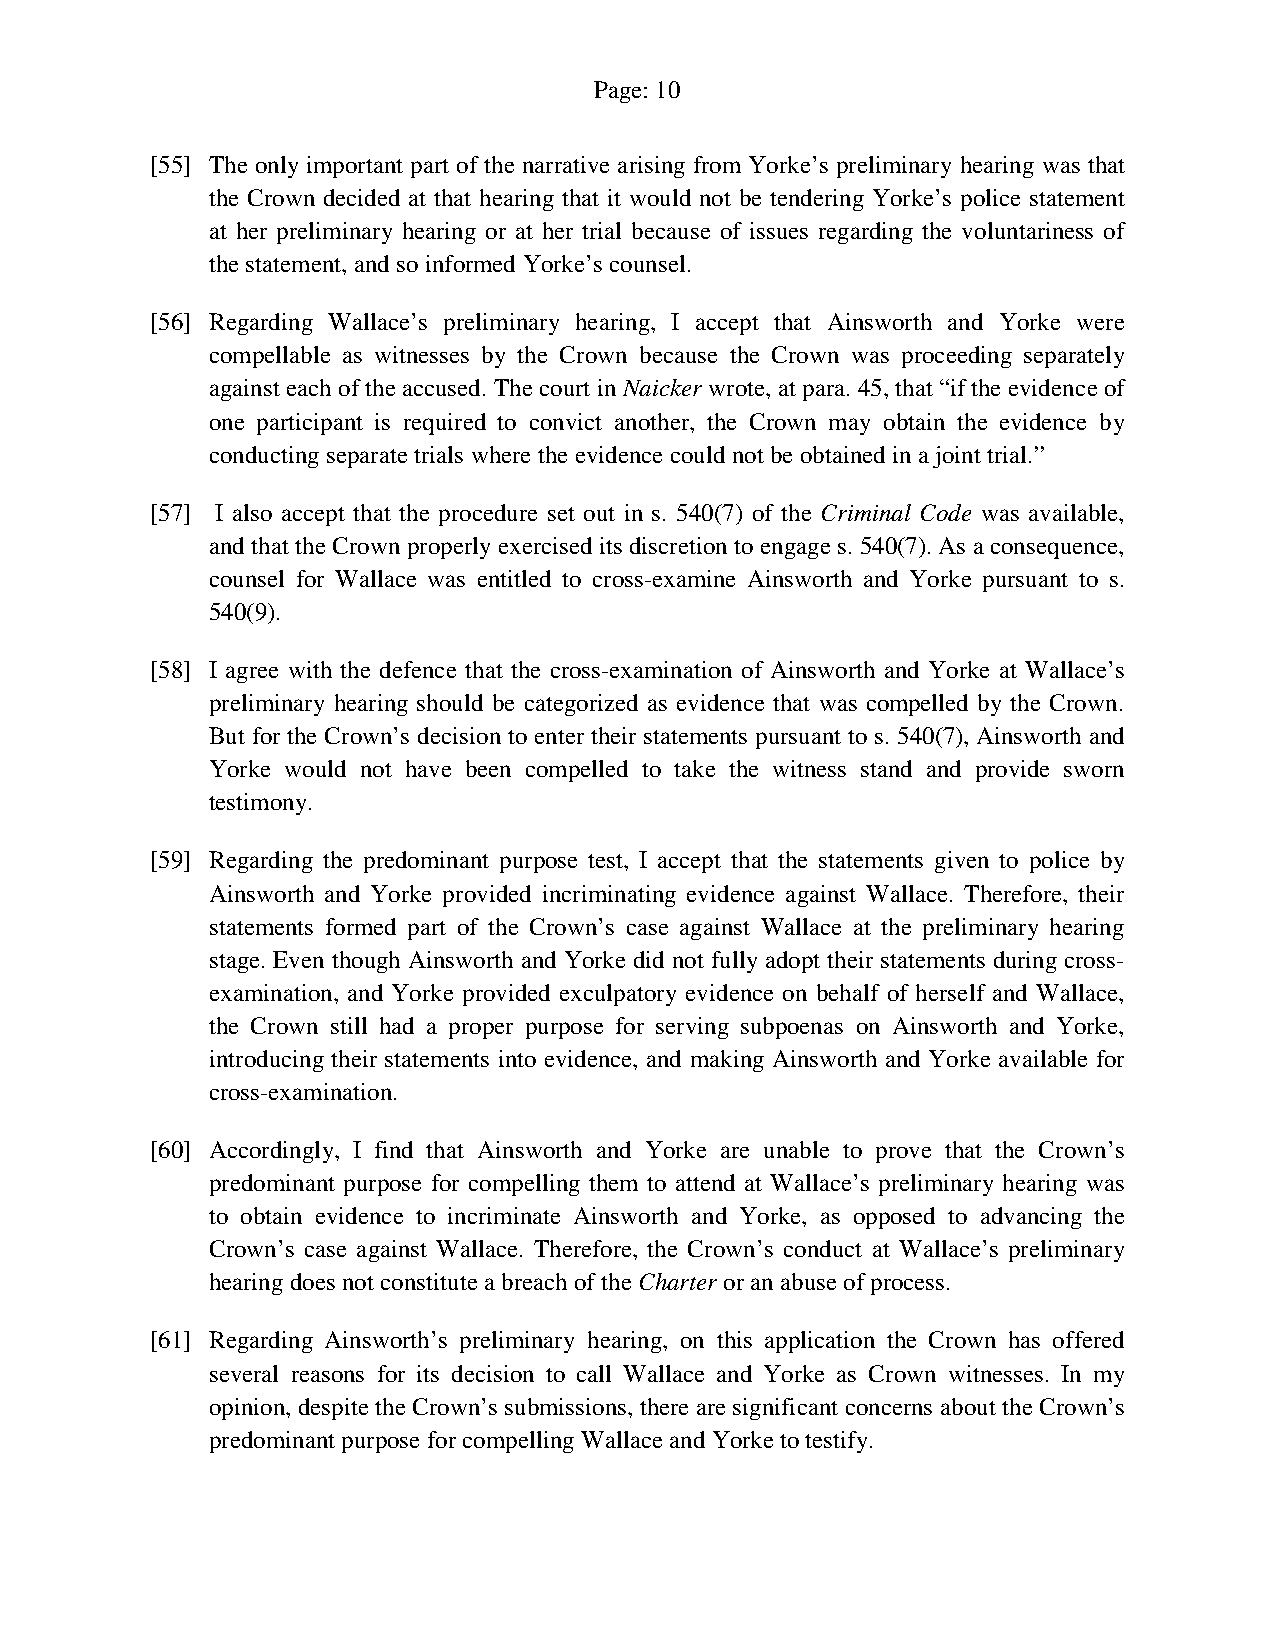
Page: 10
 [55] The only important part of the narrative arising from Yorke’s preliminary hearing was that
 the Crown decided at that hearing that it would not be tendering Yorke’s police statement
 at her preliminary hearing or at her trial because of issues regarding the voluntariness of
 the statement, and so informed Yorke’s counsel.
 [56] Regarding Wallace’s preliminary hearing, I accept that Ainsworth and Yorke were
 compellable as witnesses by the Crown because the Crown was proceeding separately
 against each of the accused. The court in Naicker wrote, at para. 45, that “if the evidence of
 one participant is required to convict another, the Crown may obtain the evidence by
 conducting separate trials where the evidence could not be obtained in a joint trial.”
 [57] I also accept that the procedure set out in s. 540(7) of the Criminal Code was available,
 and that the Crown properly exercised its discretion to engage s. 540(7). As a consequence,
 counsel for Wallace was entitled to cross-examine Ainsworth and Yorke pursuant to s.
 540(9).
 [58] I agree with the defence that the cross-examination of Ainsworth and Yorke at Wallace’s
 preliminary hearing should be categorized as evidence that was compelled by the Crown.
 But for the Crown’s decision to enter their statements pursuant to s. 540(7), Ainsworth and
 Yorke would not have been compelled to take the witness stand and provide sworn
 testimony.
 [59] Regarding the predominant purpose test, I accept that the statements given to police by
 Ainsworth and Yorke provided incriminating evidence against Wallace. Therefore, their
 statements formed part of the Crown’s case against Wallace at the preliminary hearing
 stage. Even though Ainsworth and Yorke did not fully adopt their statements during cross-
 examination, and Yorke provided exculpatory evidence on behalf of herself and Wallace,
 the Crown still had a proper purpose for serving subpoenas on Ainsworth and Yorke,
 introducing their statements into evidence, and making Ainsworth and Yorke available for
 cross-examination.
 [60] Accordingly, I find that Ainsworth and Yorke are unable to prove that the Crown’s
 predominant purpose for compelling them to attend at Wallace’s preliminary hearing was
 to obtain evidence to incriminate Ainsworth and Yorke, as opposed to advancing the
 Crown’s case against Wallace. Therefore, the Crown’s conduct at Wallace’s preliminary
 hearing does not constitute a breach of the Charter or an abuse of process.
 [61] Regarding Ainsworth’s preliminary hearing, on this application the Crown has offered
 several reasons for its decision to call Wallace and Yorke as Crown witnesses. In my
 opinion, despite the Crown’s submissions, there are significant concerns about the Crown’s
 predominant purpose for compelling Wallace and Yorke to testify.